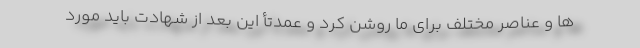
ها و عناصر مختلف برای ما روشن کرد و عمدتأ این بعد از شهادت باید مورد